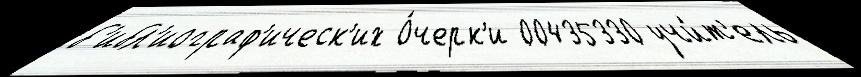
б'ибл'иограф'ическ'их О́черк'и 00435330 учи́т'ель